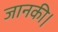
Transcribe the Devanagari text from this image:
जानकी।